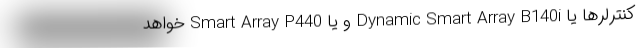
کنترلرها یا Dynamic Smart Array B140i و یا Smart Array P440 خواهد